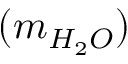
( m _ { H _ { 2 } O } )